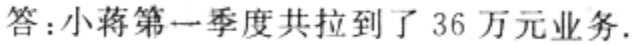
答：小蒋第一季度共拉到了 36 万元业务.